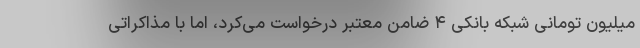
میلیون تومانی شبکه بانکی ۴ ضامن معتبر درخواست می‌کرد، اما با مذاکراتی